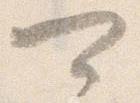
可